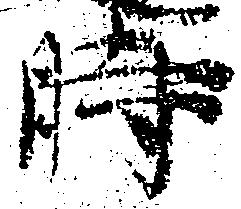
時